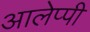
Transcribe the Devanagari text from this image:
आलेप्पी